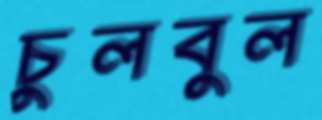
চুলবুল